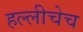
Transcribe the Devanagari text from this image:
हल्लीचेच